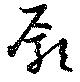
廓